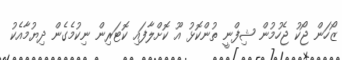
ޒޯހަން ޖޯކު ޖެހުމުން ޝިފްނީ ތުންކޮޅު އޫ ކޮށްލާފައި ކޮޓަރިން ނިކުމެގެން ދިޔުމާއެކު